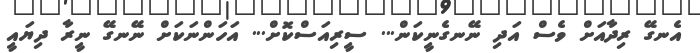
އެނގޭ ރިދާއަށް ވެސް އަދި ނޭނގެނީކަން... ސީރިއަސްކޮށް... އަހަންނަކަށް ނޭނގޭ ނީރާ ދިޔައީ